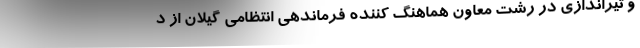
و تیراندازی در رشت معاون هماهنگ کننده فرماندهی انتظامی گیلان از د